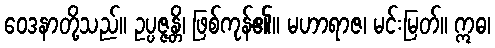
ဝေဒနာတို့သည်။ ဥပ္ပဇ္ဇန္တိ၊ ဖြစ်ကုန်၏။ မဟာရာဇ၊ မင်းမြတ်။ ဣဓ၊